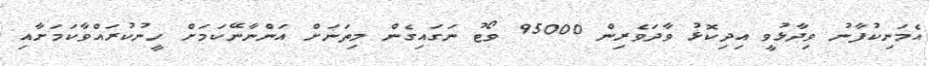
އެމަނިކުފާނު ވިދާޅުވީ އިދިކޮޅު ވާދަވެރިން 95000 ވޯޓު ނަގައިގެން މިތަނަށް އަންނާނޭކަމަށް ހީނުކުރައްވާކަމަށާއި